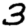
Digit: 3